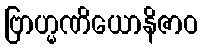
ဗြာဟ္မဏိယောနိဇာဝ